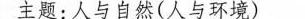
主题:人与自然(人与环境)